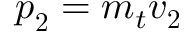
{ \boldsymbol { p } } _ { \boldsymbol { 2 } } = m _ { t } { \boldsymbol { v } } _ { \boldsymbol { 2 } }